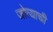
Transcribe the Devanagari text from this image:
जोत्याची